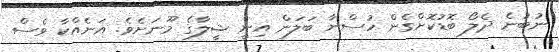
ނުބުނެ ދެލޯ ބޮޑުކޮށްގެން ހުސްނާ ބަލަން އިނީ ޝީލާގެ މޫނަށެވެ. އަނެއްކާ ވެސް